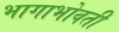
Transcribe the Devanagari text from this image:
भागाभोवती